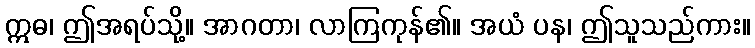
ဣဓ၊ ဤအရပ်သို့။ အာဂတာ၊ လာကြကုန်၏။ အယံ ပန၊ ဤသူသည်ကား။